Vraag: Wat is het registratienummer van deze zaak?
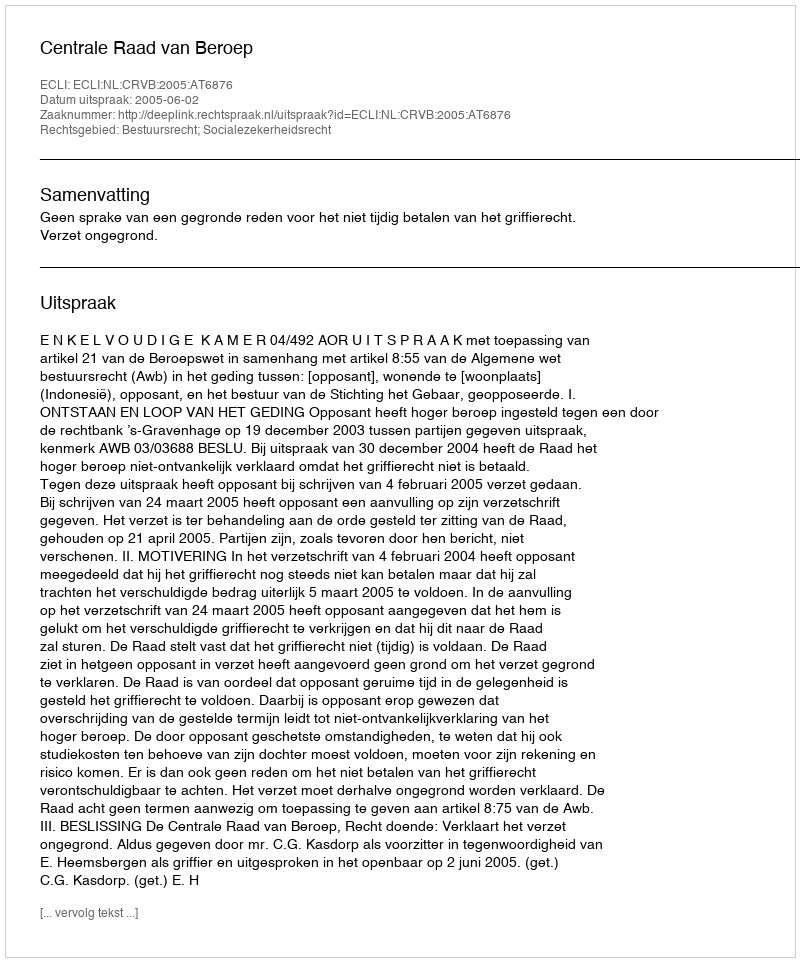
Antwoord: http://deeplink.rechtspraak.nl/uitspraak?id=ECLI:NL:CRVB:2005:AT6876